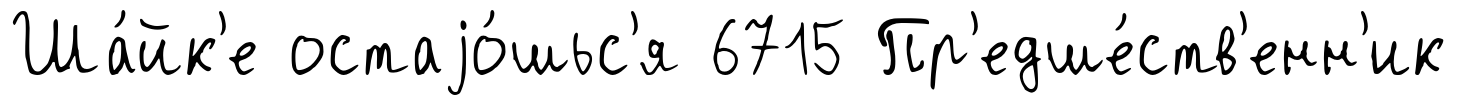
Ша́йк'е остаjо́шьс'я 6715 Пр'едше́ств'енн'ик